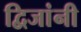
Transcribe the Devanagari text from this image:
द्विजांनी